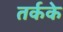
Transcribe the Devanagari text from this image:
तर्कके